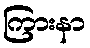
ကြားနာ